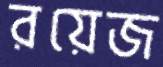
রয়েজ